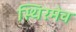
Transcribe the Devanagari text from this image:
स्थिरमेव